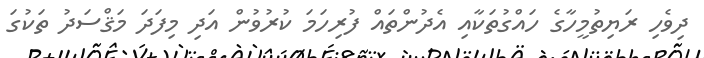
ދިވެހި ރަޔިތުމީހާގެ ހައްގުތަކާއި އެދުންތައް ފުރިހަމަ ކުރުވުން އަދި މިފަދަ މަޤްސަދު ތަކުގަ